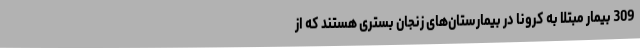
309 بیمار مبتلا به کرونا در بیمارستان‌های زنجان بستری هستند که از